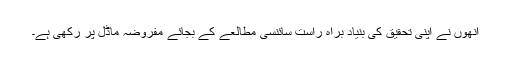
انھوں نے اپنی تحقیق کی بنیاد براہ راست سائنسی مطالعے کے بجائے مفروضہ ماڈل پر رکھی ہے۔